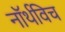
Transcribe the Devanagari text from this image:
नॉर्थविच